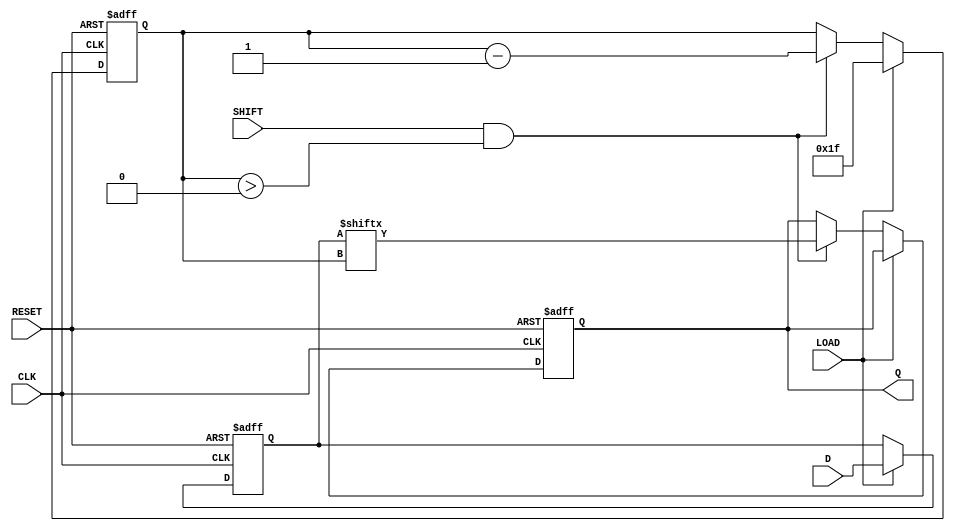
module piso_register (
    input wire [31:0] D,      // 32-bit parallel data input
    input wire LOAD,          // Load control signal
    input wire SHIFT,         // Shift control signal
    input wire CLK,           // Clock signal
    input wire RESET,         // Reset control signal
    output reg Q              // Serial output
);

    reg [31:0] shift_reg;     // Internal shift register
    reg [5:0] bit_count;      // Counter for the number of bits shifted out

    always @(posedge CLK or posedge RESET) begin
        if (RESET) begin
            shift_reg <= 32'b0;  // Reset the shift register
            Q <= 1'b0;           // Reset the output
            bit_count <= 6'b0;   // Reset the bit counter
        end else begin
            if (LOAD) begin
                shift_reg <= D;   // Load the data into the shift register
                bit_count <= 6'd31; // Set bit count to start shifting from MSB
            end else if (SHIFT && bit_count > 0) begin
                Q <= shift_reg[bit_count]; // Output the current MSB
                bit_count <= bit_count - 1; // Decrement the bit count
            end
        end
    end

endmodule